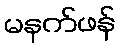
မနက်ဖန်